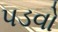
પડવો